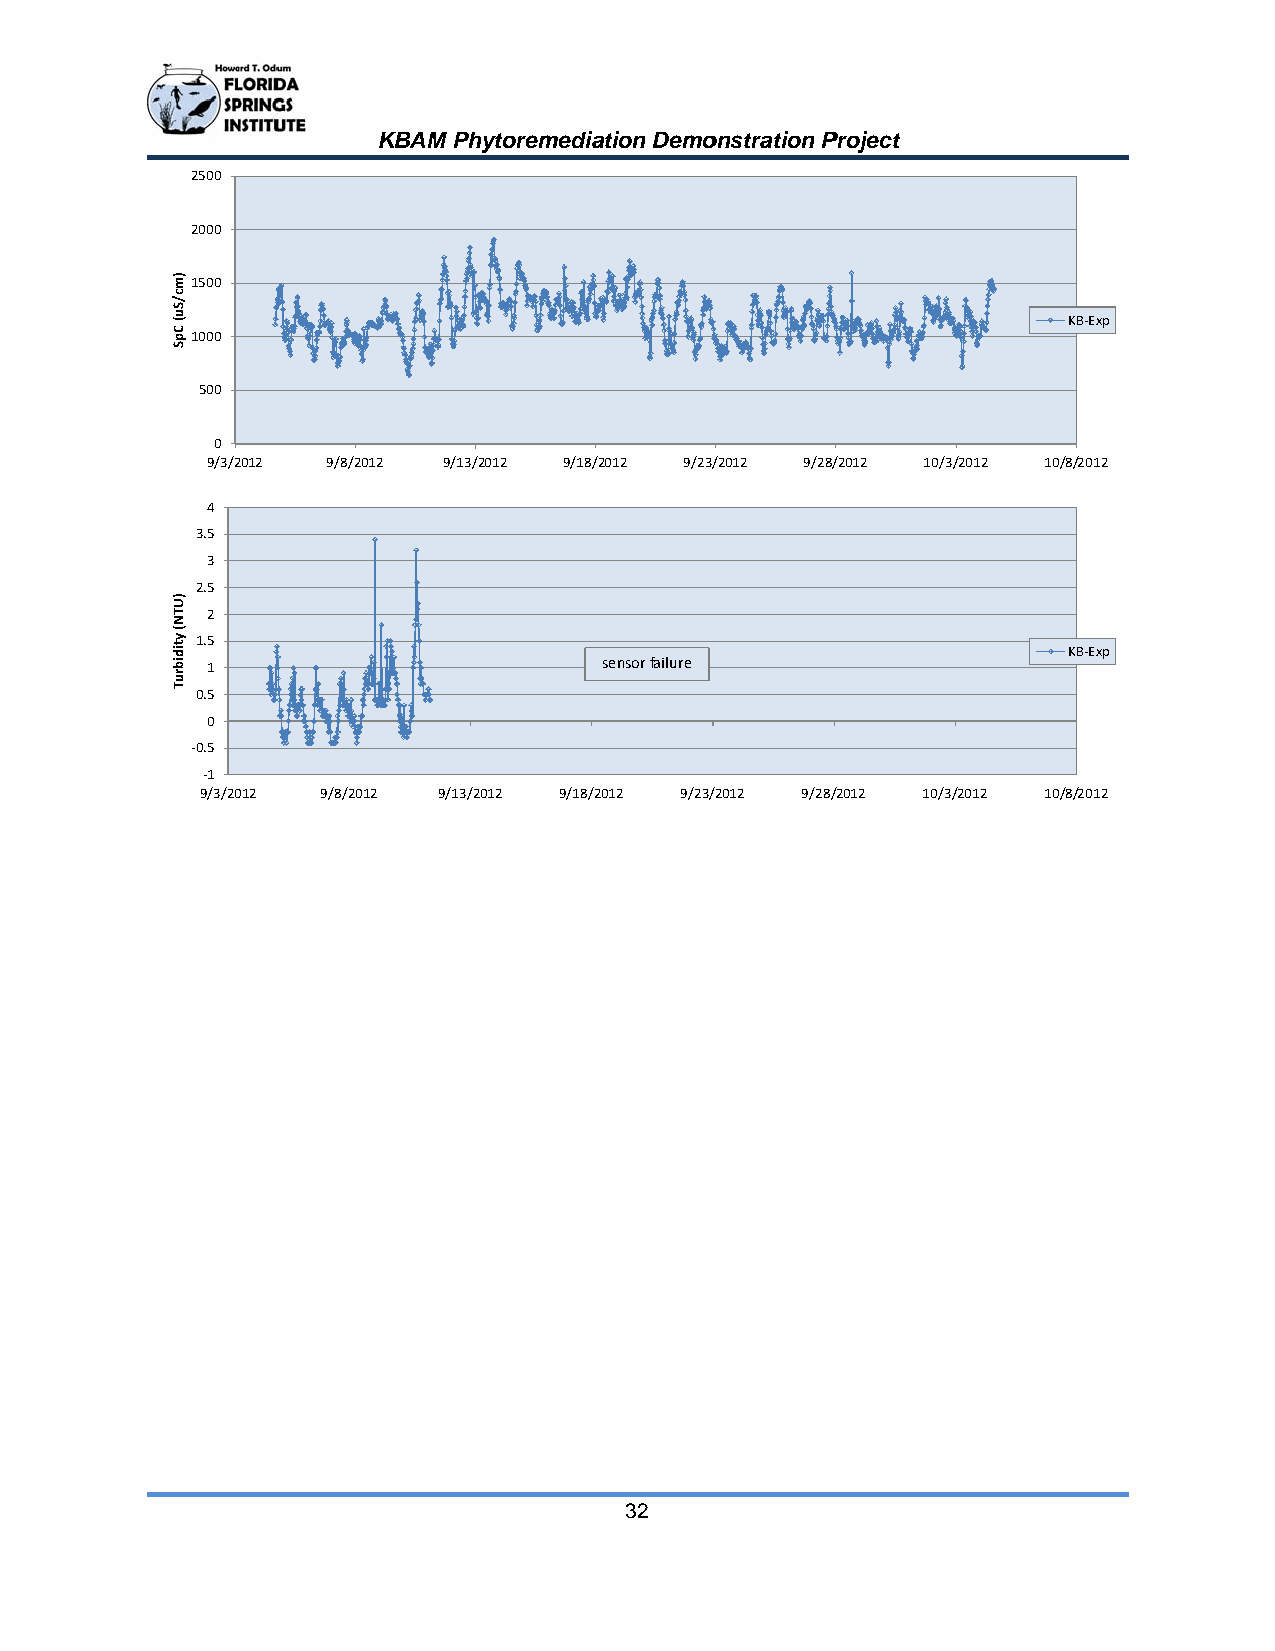
KBAM Phhytoremediaation Demoonstration PProject
 2500
 2000
 1500
 KKB‐Exp
 1000
 500
 0
 9/3/22012 9/8/22012 9/13//2012 9/18//2012 9/23//2012 9/28//2012 10/3//2012 10/88/2012
 4
 3.5
 3
 2.5
 2
 1.5
 KKB‐Exp
 1                         sensor failure
 0.5
 0
 ‐0.5
 ‐1
 9/3/20012 9/8/20012 9/13/22012 9/18/22012 9/23//2012 9/28//2012 10/3//2012 10/88/2012
 32
 )mc/Su(
 CpS
 )UTN(
 ytidibruT